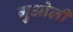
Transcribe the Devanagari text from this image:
गुओली